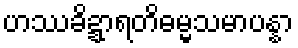
ဟဿခိဍ္ဍာရတိဓမ္မသမာပန္နာ